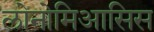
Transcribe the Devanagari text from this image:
लोनोमिआसिस